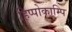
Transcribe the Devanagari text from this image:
हिप्पोकाम्पि